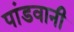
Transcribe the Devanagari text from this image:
पांडवानी